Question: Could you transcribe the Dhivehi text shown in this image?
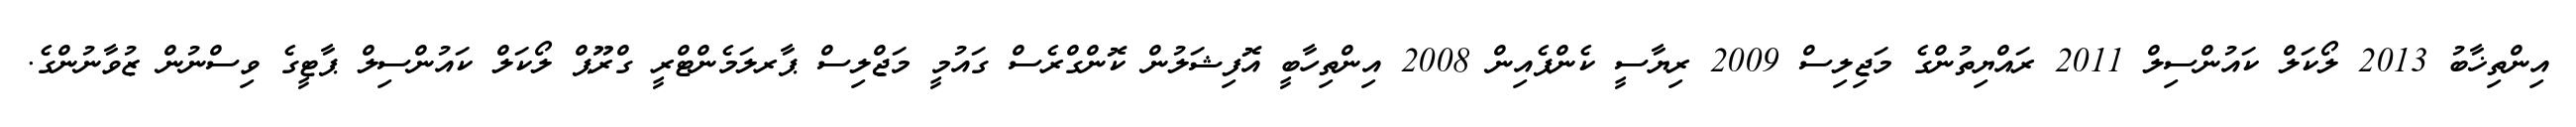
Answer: އިންތިޚާބު 2013 ލޯކަލް ކައުންސިލް 2011 ރައްޔިތުންގެ މަޖިލިސް 2009 ރިޔާސީ ކެންޕެއިން 2008 އިންތިހާބީ އޮފިޝަލުން ކޮންގްރެސް ގައުމީ މަޖްލިސް ޕާރލަމެންޓްރީ ގްރޫޕް ލޯކަލް ކައުންސިލް ޕާޓީގެ ވިސްނުން ޒުވާނުންގެ.